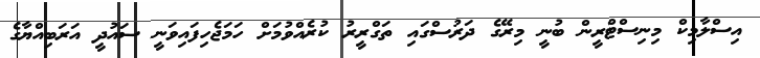
އިސްލާމިކް މިނިސްޓްރީން ބުނީ މިރޭގެ ދަރުސްގައި ތަގްރީރު ކުރެއްވުމަށް ހަމަޖެހިފައިވަނީ ސައުދީ އަރަބިއްޔާގެ